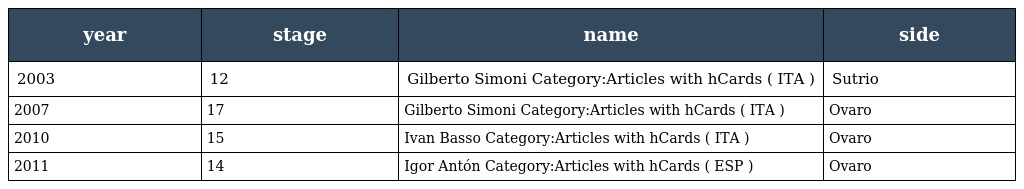
| year | stage | name | side |
 | --- | --- | --- | --- |
 | 2003 | 12 | Gilberto Simoni Category:Articles with hCards ( ITA ) | Sutrio |
 | 2007 | 17 | Gilberto Simoni Category:Articles with hCards ( ITA ) | Ovaro |
 | 2010 | 15 | Ivan Basso Category:Articles with hCards ( ITA ) | Ovaro |
 | 2011 | 14 | Igor Antón Category:Articles with hCards ( ESP ) | Ovaro |